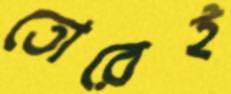
তোরেই